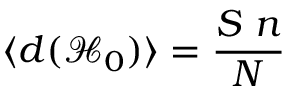
\langle d ( \mathcal { H } _ { 0 } ) \rangle = \frac { S ~ n } { N }